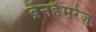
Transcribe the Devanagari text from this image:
ब्रेनहैमरेज